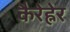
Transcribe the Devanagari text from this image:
कैरेह्नेर